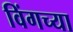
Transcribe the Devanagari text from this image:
विंगच्या